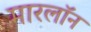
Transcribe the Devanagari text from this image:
मारलॉन